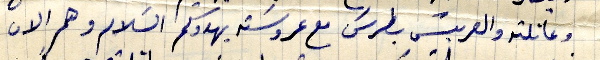
وعائلته والعريس بطرس مع عروسته يهدوكم السلام وهم الان